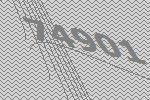
74901